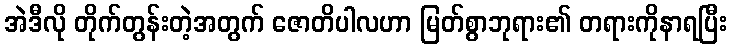
အဲဒီလို တိုက်တွန်းတဲ့အတွက် ဇောတိပါလဟာ မြတ်စွာဘုရား၏ တရားကိုနာရပြီး